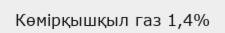
Көмірқышқыл газ 1,4%